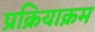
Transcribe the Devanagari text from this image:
प्रक्रियाक्रम